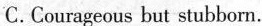
C.Courageous but stubbom.